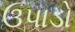
ઉપાડો